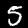
Digit: 5